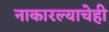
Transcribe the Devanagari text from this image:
नाकारल्याचेही